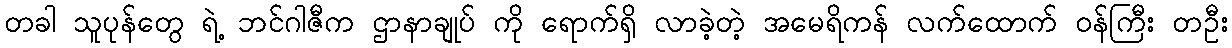
တခါ သူပုန်တွေ ရဲ့ ဘင်ဂါဇီက ဌာနာချုပ် ကို ရောက်ရှိ လာခဲ့တဲ့ အမေရိကန် လက်ထောက် ဝန်ကြီး တဦး